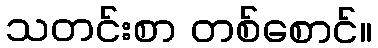
သတင်းစာ တစ်စောင်။